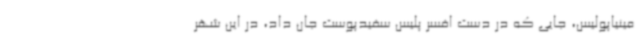
مینیاپولیس، جایی که در دست افسر پلیس سفیدپوست جان داد، در این شهر